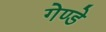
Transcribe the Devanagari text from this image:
गेण्डे